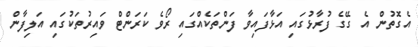
އެގޮތުން އެ ގޭގެ ފުރާޅުގައި އަޅާފައިވާ ފަންތަކެއްގައި ރޯވެ ކަރަންޓް ވައިރުތަކުގައި އަލިފާން